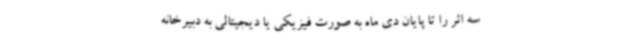
سه اثر را تا پایان دی ماه به صورت فیزیکی یا دیجیتالی به دبیرخانه